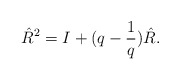
\begin{align*}\hat{R}^2 = I + (q-\frac{1}{q}) \hat{R}. \end{align*}